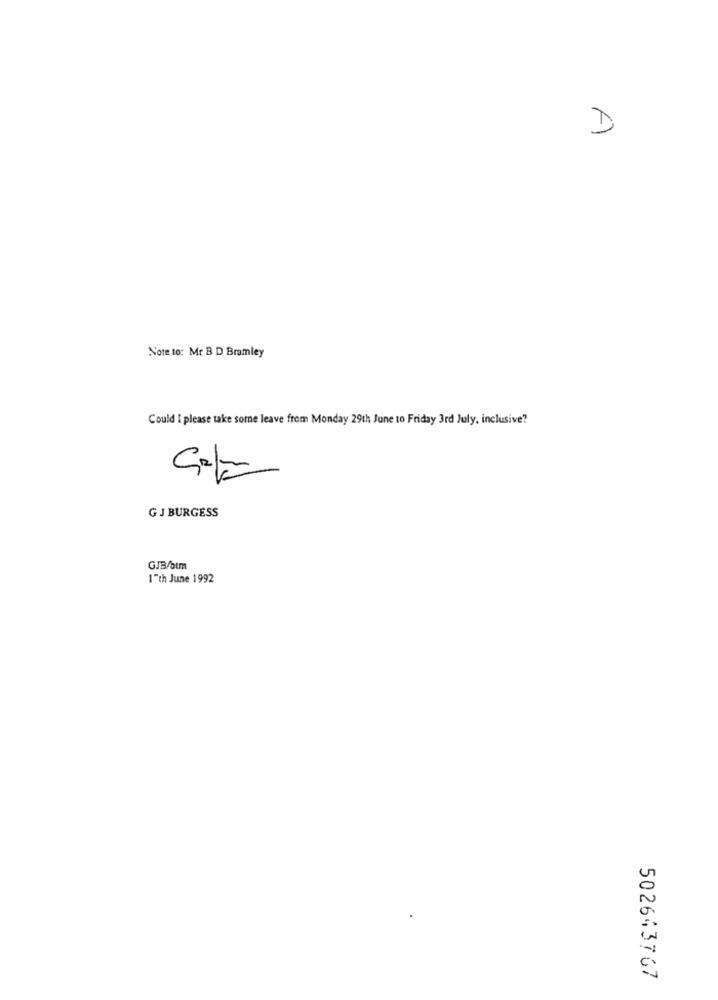
D
Note to: Mr B D Bramley
Could I please take some leave from Monday 29th June to Friday 3rd July, inclusive?
GJ BURGESS
GJB/btm
I"th June 1992
502643767